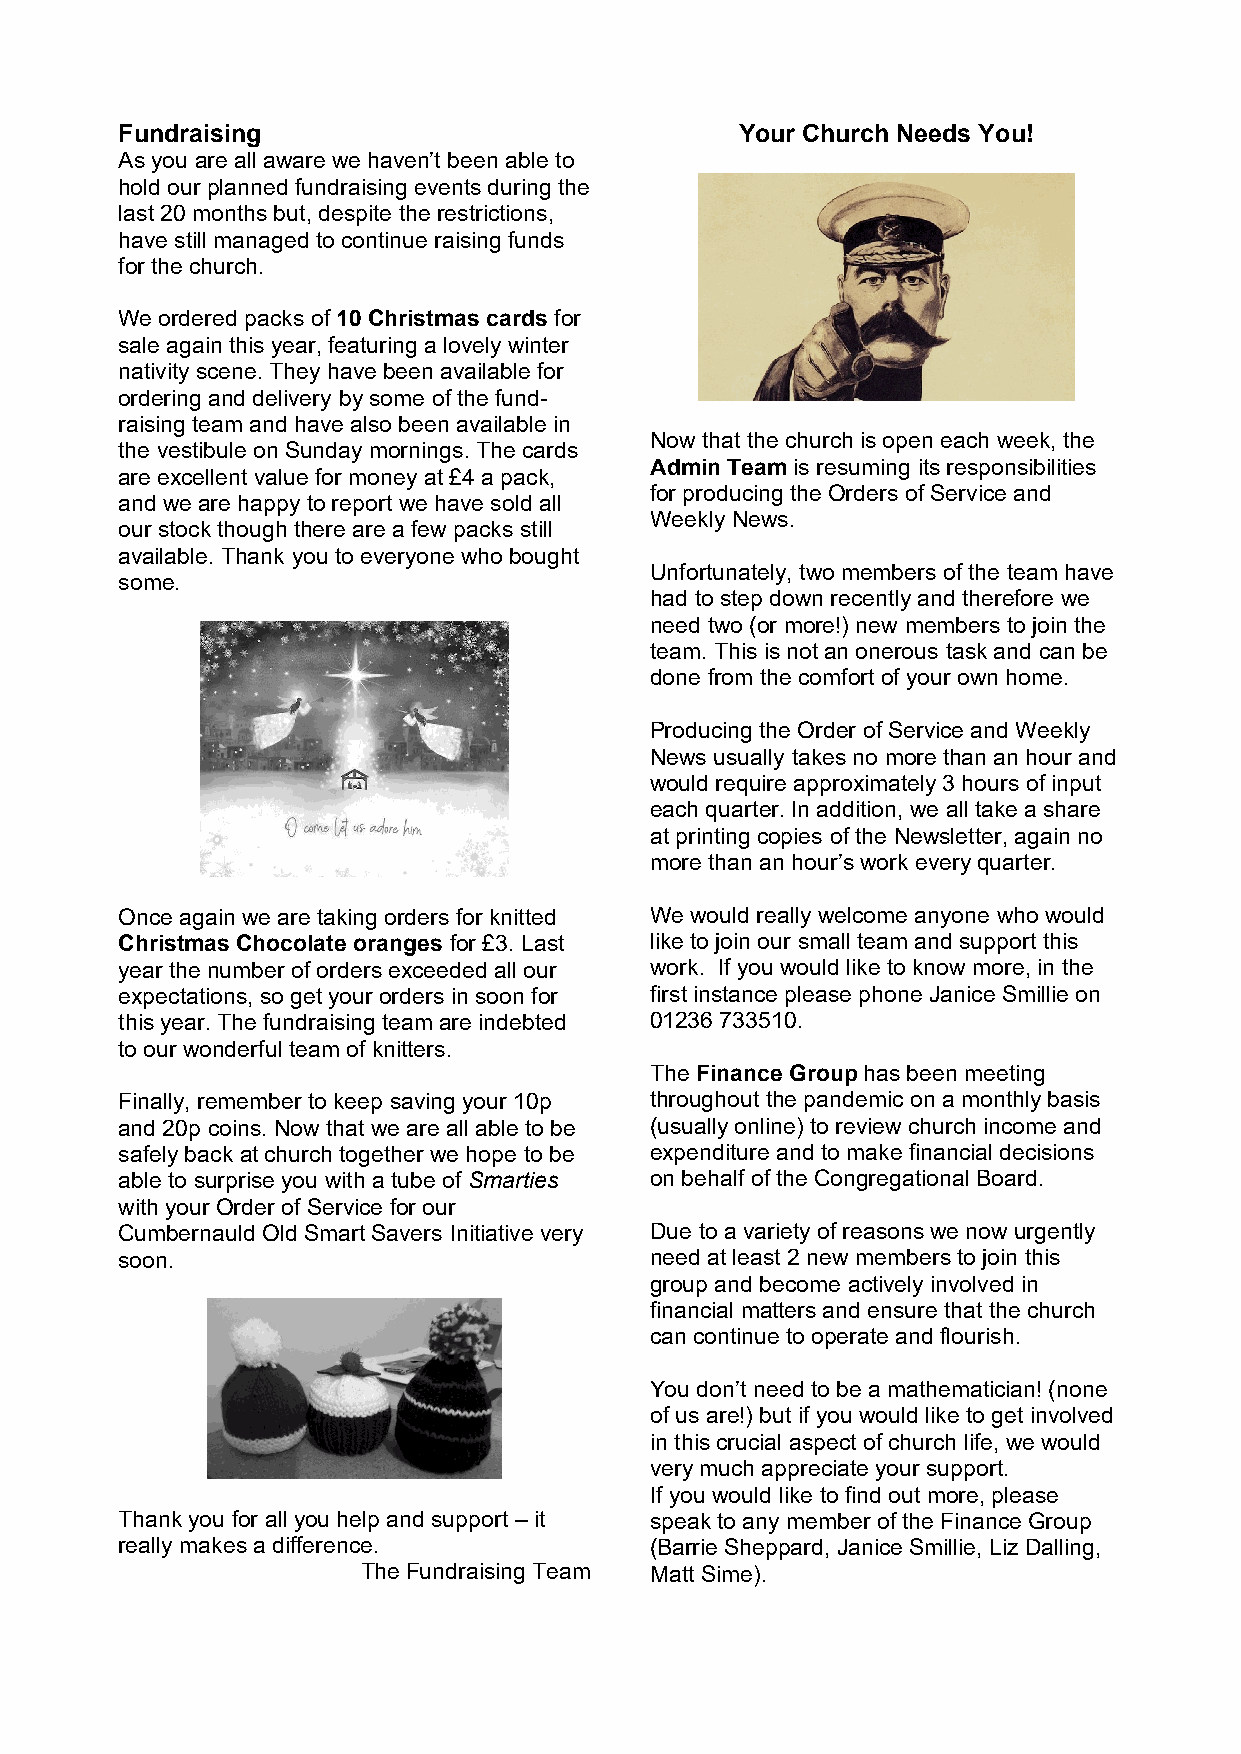
Fundraising                              Your Church Needs You!
 As you are all aware we haven’t been able to
 hold our planned fundraising events during the
 last 20 months but, despite the restrictions,
 have still managed to continue raising funds
 for the church.
 We ordered packs of 10 Christmas cards for
 sale again this year, featuring a lovely winter
 nativity scene. They have been available for
 ordering and delivery by some of the fund-
 raising team and have also been available in
 Now that the church is open each week, the
 the vestibule on Sunday mornings. The cards
 Admin Team is resuming its responsibilities
 are excellent value for money at £4 a pack,
 for producing the Orders of Service and
 and we are happy to report we have sold all
 Weekly News.
 our stock though there are a few packs still
 available. Thank you to everyone who bought
 Unfortunately, two members of the team have
 some.
 had to step down recently and therefore we
 need two (or more!) new members to join the
 team. This is not an onerous task and can be
 done from the comfort of your own home.
 Producing the Order of Service and Weekly
 News usually takes no more than an hour and
 would require approximately 3 hours of input
 each quarter. In addition, we all take a share
 at printing copies of the Newsletter, again no
 more than an hour’s work every quarter.
 Once again we are taking orders for knitted We would really welcome anyone who would
 Christmas Chocolate oranges for £3. Last like to join our small team and support this
 year the number of orders exceeded all our work. If you would like to know more, in the
 expectations, so get your orders in soon for first instance please phone Janice Smillie on
 this year. The fundraising team are indebted 01236 733510.
 to our wonderful team of knitters.
 The Finance Group has been meeting
 Finally, remember to keep saving your 10p throughout the pandemic on a monthly basis
 and 20p coins. Now that we are all able to be (usually online) to review church income and
 safely back at church together we hope to be expenditure and to make financial decisions
 able to surprise you with a tube of Smarties on behalf of the Congregational Board.
 with your Order of Service for our
 Cumbernauld Old Smart Savers Initiative very Due to a variety of reasons we now urgently
 soon.                              need at least 2 new members to join this
 group and become actively involved in
 financial matters and ensure that the church
 can continue to operate and flourish.
 You don’t need to be a mathematician! (none
 of us are!) but if you would like to get involved
 in this crucial aspect of church life, we would
 very much appreciate your support.
 If you would like to find out more, please
 Thank you for all you help and support – it speak to any member of the Finance Group
 really makes a difference.         (Barrie Sheppard, Janice Smillie, Liz Dalling,
 The Fundraising Team Matt Sime).